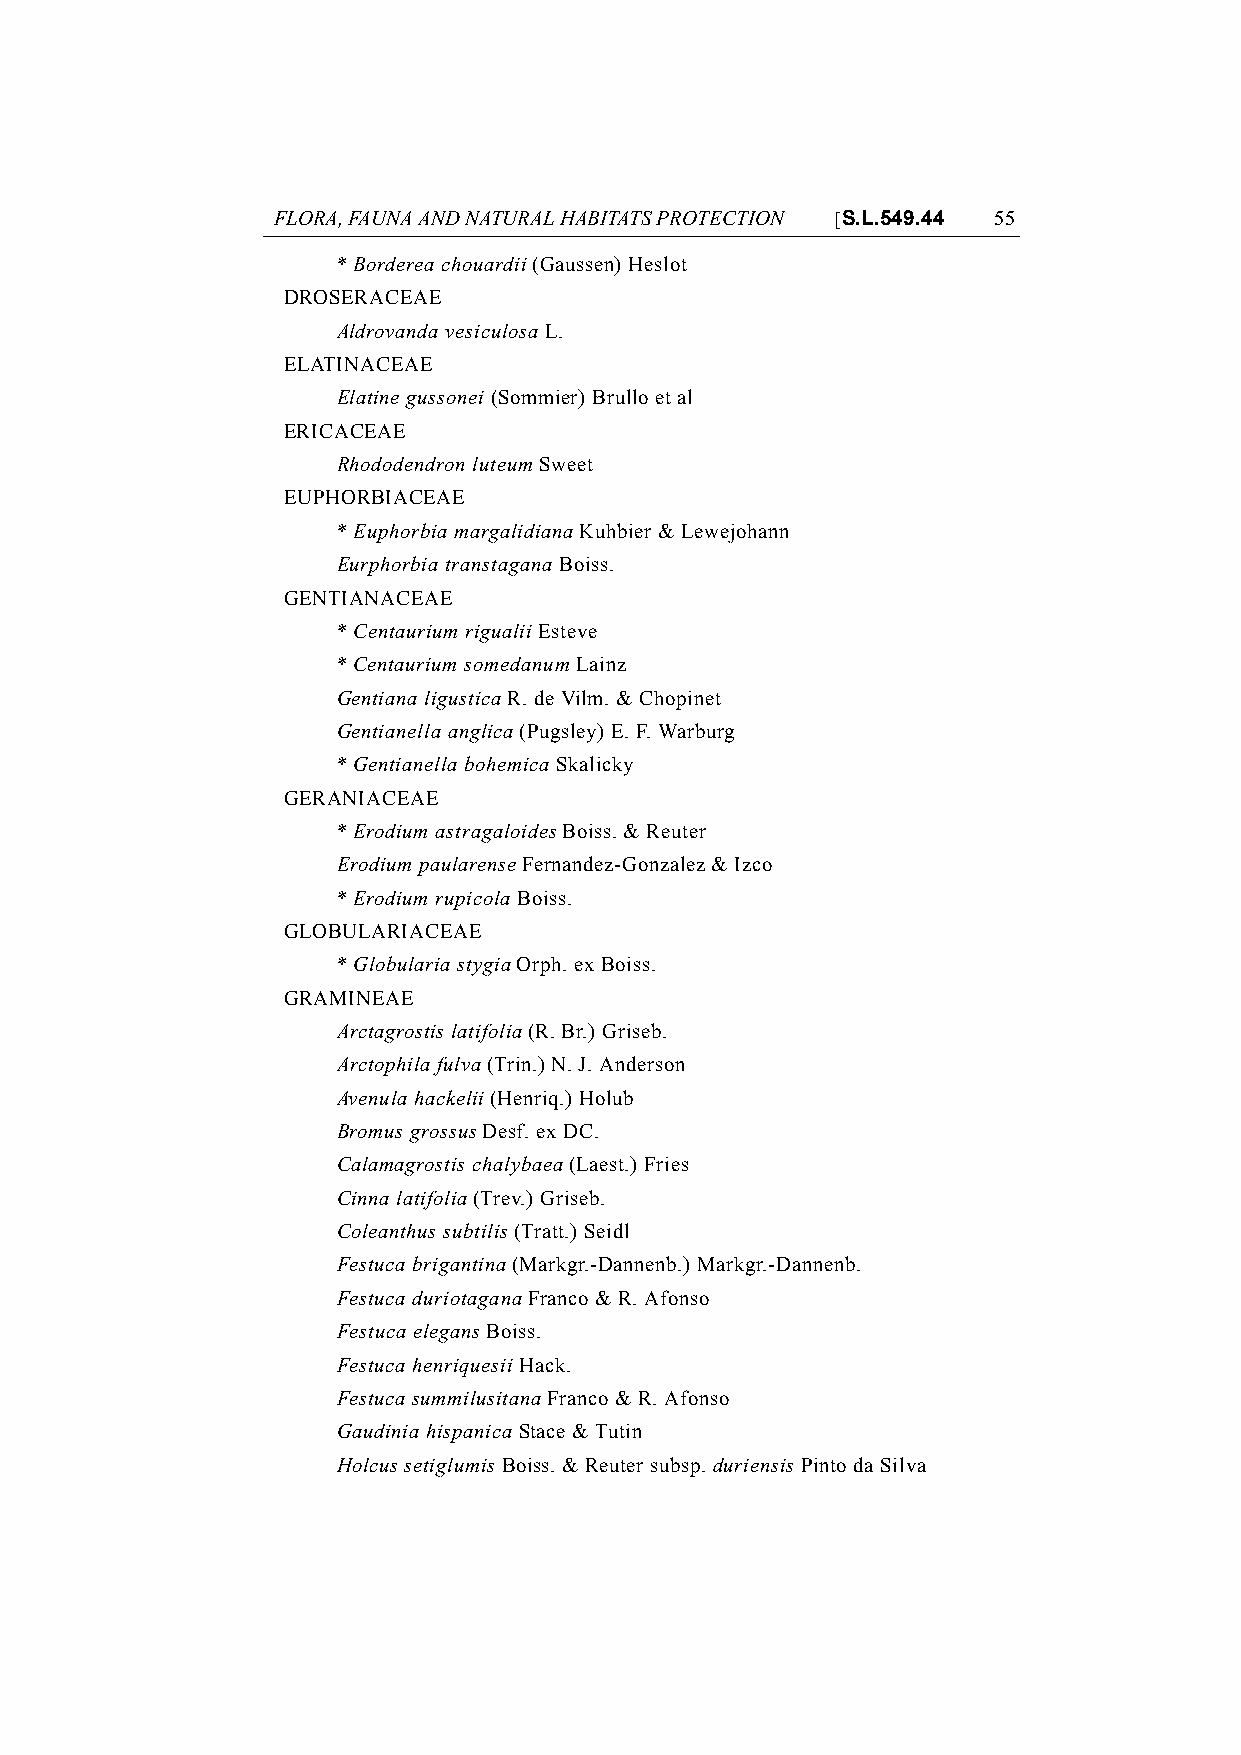
FLORA, FAUNA AND NATURAL HABITATS PROTECTION [S.L.549.44 55
 * Borderea chouardii (Gaussen) Heslot
 DROSERACEAE
 Aldrovanda vesiculosa L.
 ELATINACEAE
 Elatine gussonei (Sommier) Brullo et al
 ERICACEAE
 Rhododendron luteum Sweet
 EUPHORBIACEAE
 * Euphorbia margalidiana Kuhbier & Lewejohann
 Eurphorbia transtagana Boiss.
 GENTIANACEAE
 * Centaurium rigualii Esteve
 * Centaurium somedanum Lainz
 Gentiana ligustica R. de Vilm. & Chopinet
 Gentianella anglica (Pugsley) E. F. Warburg
 * Gentianella bohemica Skalicky
 GERANIACEAE
 * Erodium astragaloides Boiss. & Reuter
 Erodium paularense Fernandez-Gonzalez & Izco
 * Erodium rupicola Boiss.
 GLOBULARIACEAE
 * Globularia stygia Orph. ex Boiss.
 GRAMINEAE
 Arctagrostis latifolia (R. Br.) Griseb.
 Arctophila fulva (Trin.) N. J. Anderson
 Avenula hackelii (Henriq.) Holub
 Bromus grossus Desf. ex DC.
 Calamagrostis chalybaea (Laest.) Fries
 Cinna latifolia (Trev.) Griseb.
 Coleanthus subtilis (Tratt.) Seidl
 Festuca brigantina (Markgr.-Dannenb.) Markgr.-Dannenb.
 Festuca duriotagana Franco & R. Afonso
 Festuca elegans Boiss.
 Festuca henriquesii Hack.
 Festuca summilusitana Franco & R. Afonso
 Gaudinia hispanica Stace & Tutin
 Holcus setiglumis Boiss. & Reuter subsp. duriensis Pinto da Silva